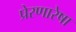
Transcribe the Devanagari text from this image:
प्रेरणारेषा